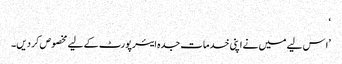
‘
’ا س لیے میں نے اپنی خدمات جدہ ایئرپورٹ کے لیے مخصوص کر دیں۔